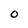
Character: O